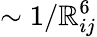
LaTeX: \sim1/\mathbb{R}_{ij}^{6}